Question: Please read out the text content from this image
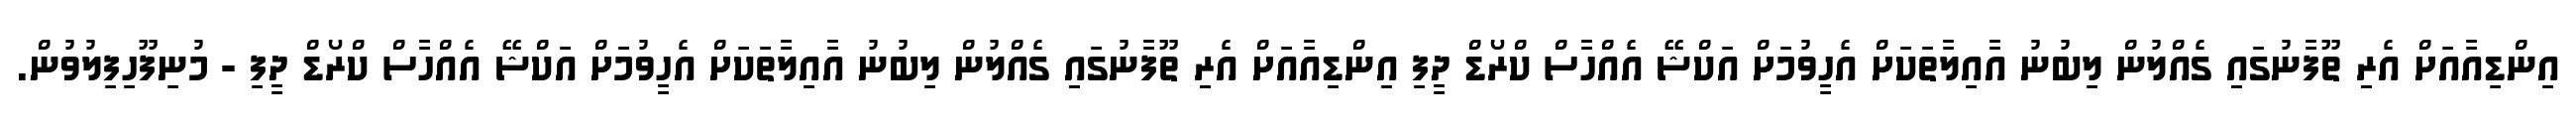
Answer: އިންޑިއާއަށް އެރިި ތޫފާނުގައިި ގެއްލުން ލިބުނު އާއިލާތަކަށް އެހީވުމަށް އަކްޝޭ އެއްހާސް ކްރޯޑް ދީފި އިންޑިއާއަށް އެރިި ތޫފާނުގައިި ގެއްލުން ލިބުނު އާއިލާތަކަށް އެހީވުމަށް އަކްޝޭ އެއްހާސް ކްރޯޑް ދީފި - މުނިފޫހިފިލުވުން.